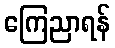
ကြေညာရန်